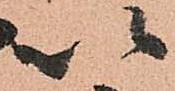
以